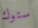
ستوك